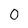
Character: 0